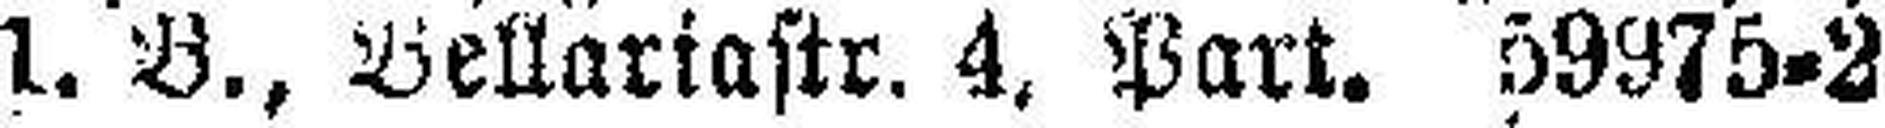
1. B., Bellartastr. 4. Port. 59975-2